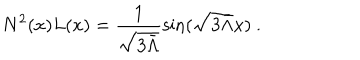
LaTeX: N ^ { 2 } ( x ) L ( x ) = \frac { 1 } { \sqrt { 3 \bar { \Lambda } } } \sin ( \sqrt { 3 \bar { \Lambda } } x ) \ .